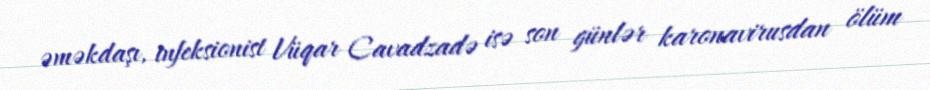
əməkdaşı, infeksionist Vüqar Cavadzadə isə son günlər karonavirusdan ölüm